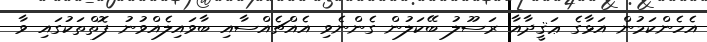
އެހެންކަމުން އަޅާގެ ޢަޤީދާއާ ރަސޫލު ބޭކަލުން ގެންނެވި އެއްޗެއްސާއި ބާވައިލެއްވުނު ފޮތްތަކުގައި ވާ